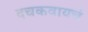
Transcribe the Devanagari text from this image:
दचकवायचं